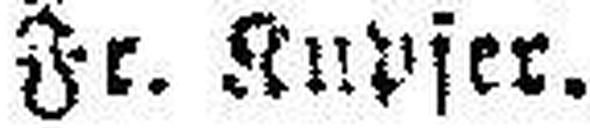
Fr. Kupfer.